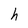
Character: h